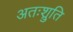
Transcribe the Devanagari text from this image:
अतःश्रुति